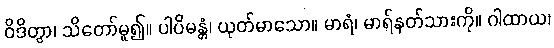
ဝိဒိတွာ၊ သိတော်မူ၍။ ပါပိမန္တံ၊ ယုတ်မာသော။ မာရံ၊ မာရ်နတ်သားကို။ ဂါထာယ၊